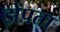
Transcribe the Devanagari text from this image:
झेंपता